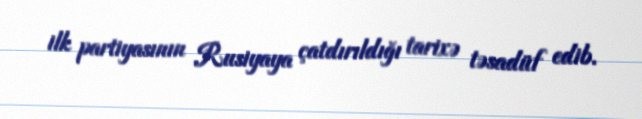
ilk partiyasının Rusiyaya çatdırıldığı tarixə təsadüf edib.